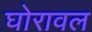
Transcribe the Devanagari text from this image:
घोरावल